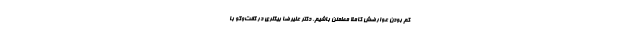
کم بودن عوارضش کاملا مطمئن باشیم. دکتر علیرضا بیگلری در گفت‌وگو با